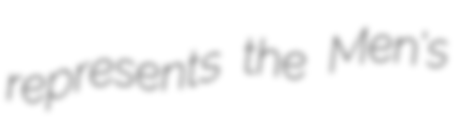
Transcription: represents the Men's